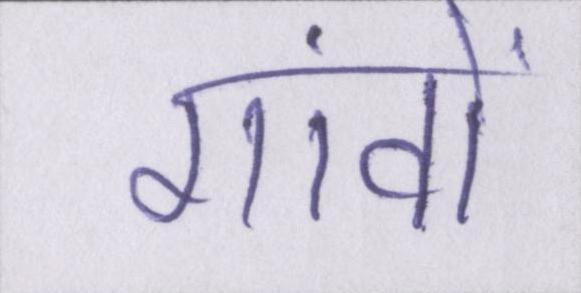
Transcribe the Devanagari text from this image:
गांवों